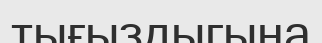
тығыздыгына